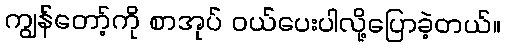
ကျွန်တော့်ကို စာအုပ် ဝယ်ပေးပါလို့ပြောခဲ့တယ်။